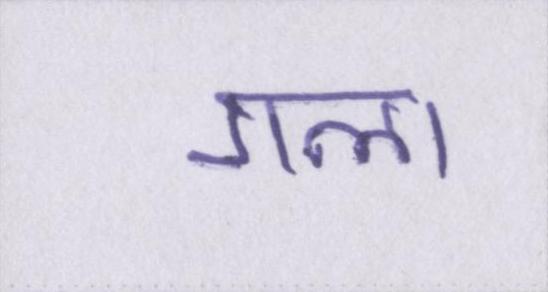
गला